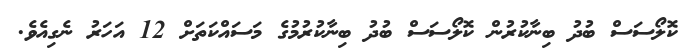
ކޮލޯސަސް ބުދު ބިނާކުރުން ކޮލޯސަސް ބުދު ބިނާކުރުމުގެ މަސައްކަތަށް 12 އަހަރު ނެގިއެވެ.